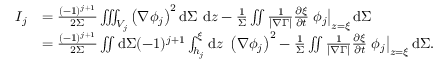
\begin{array} { r l } { I _ { j } } & { = \frac { ( - 1 ) ^ { j + 1 } } { 2 \Sigma } \iiint _ { V _ { j } } \left( \nabla \phi _ { j } \right) ^ { 2 } \mathrm { d } \Sigma ~ \mathrm { d } z - \frac { 1 } { \Sigma } \iint \frac { 1 } { | \nabla \Gamma | } \frac { \partial \xi } { \partial t } \left. \phi _ { j } \right| _ { z = \xi } \mathrm { d } \Sigma } \\ & { = \frac { ( - 1 ) ^ { j + 1 } } { 2 \Sigma } \iint \mathrm { d } \Sigma ( - 1 ) ^ { j + 1 } \int _ { h _ { j } } ^ { \xi } \mathrm { d } z ~ \left( \nabla \phi _ { j } \right) ^ { 2 } - \frac { 1 } { \Sigma } \iint \frac { 1 } { | \nabla \Gamma | } \frac { \partial \xi } { \partial t } \left. \phi _ { j } \right| _ { z = \xi } \mathrm { d } \Sigma . } \end{array}